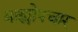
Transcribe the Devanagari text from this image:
बाह्योपचार